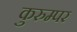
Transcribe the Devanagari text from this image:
कुरुम्पर